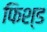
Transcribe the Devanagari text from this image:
फिश्ड